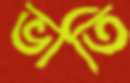
ভাতি